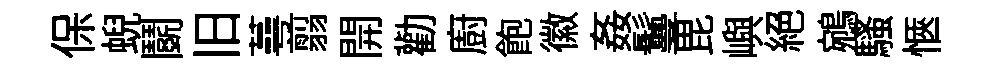
保蜺鬬旧蕚翦開勸廚飽徽姦鬘毘嶼絕鵷騷愜